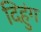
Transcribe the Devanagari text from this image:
दिहुंग